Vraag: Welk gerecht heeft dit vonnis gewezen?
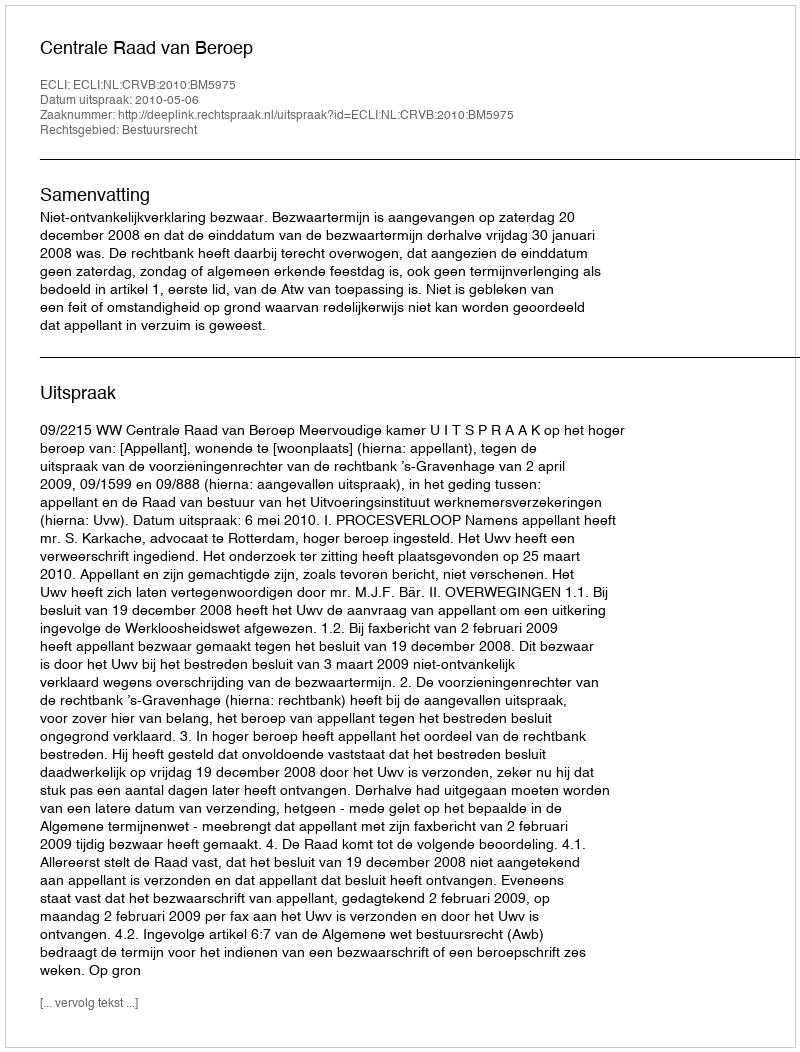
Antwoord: Centrale Raad van Beroep